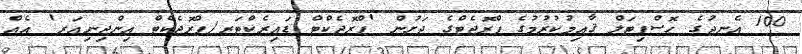
100 އެނދުގެ ހޮސްޕިޓަލް ޤާއިމުކުރުމުގެ ޕްރޮޖެޓްގެ ދަށުން 'ޕްރޮޖެކްޓް ޑައިރެކްޓަރ/ޕްރޮޖެކްޓް އިންޖިނިއަރ' އެއް